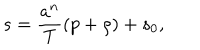
LaTeX: s = { \frac { a ^ { n } } { T } } ( p + \rho ) + s _ { 0 } ,